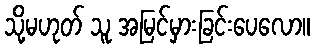
သို့မဟုတ် သူ အမြင်မှားခြင်းပေလော။